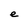
Character: e